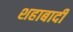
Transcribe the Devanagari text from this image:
शहाबादी